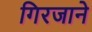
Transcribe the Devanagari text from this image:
गिरजाने